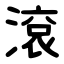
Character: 滾